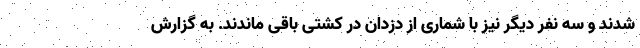
شدند و سه نفر دیگر نیز با شماری از دزدان در کشتی باقی ماندند. به گزارش